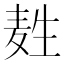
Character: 𪽂